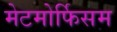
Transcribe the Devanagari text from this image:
मेटमोर्फिसम